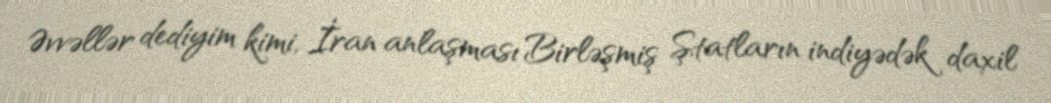
Əvvəllər dediyim kimi, İran anlaşması Birləşmiş Ştatların indiyədək daxil